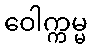
ဝေါက္ကမ္မ